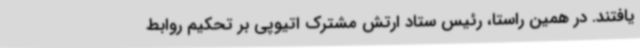
یافتند. در همین راستا، رئیس ستاد ارتش مشترک اتیوپی بر تحکیم روابط